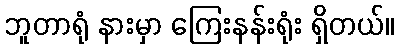
ဘူတာရုံ နားမှာ ကြေးနန်းရုံး ရှိတယ်။